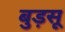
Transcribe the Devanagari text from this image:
बुड़सू